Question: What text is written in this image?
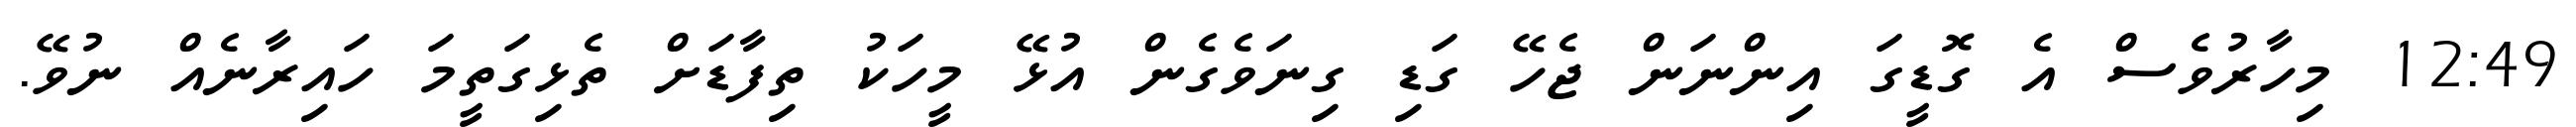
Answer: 12:49 މިހާރުވެސް އެ ގޮޑީގަ އިންނަން ޖެހޭ ގަޑި ގިނަވެގެން އުޅޭ މީހަކު ތިފާޑަށް ތެޅިގަތީމަ ހައިރާނެއް ނުވޭ.